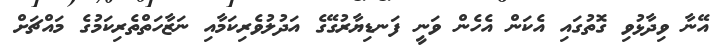
އޭނާ ވިދާޅުވި ގޮތުގައި އެކަން އެހެން ވަނީ ފަނޑިޔާރުގޭގެ އަދުލުވެރިކަމާއި ނަޒާހަތްތެރިކަމުގެ މައްޗަށް